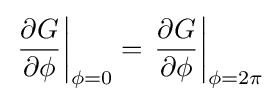
\left.{\frac {\partial G}{\partial \phi }}\right|_{\phi =0}=\left.{\frac {\partial G}{\partial \phi }}\right|_{\phi =2\pi }